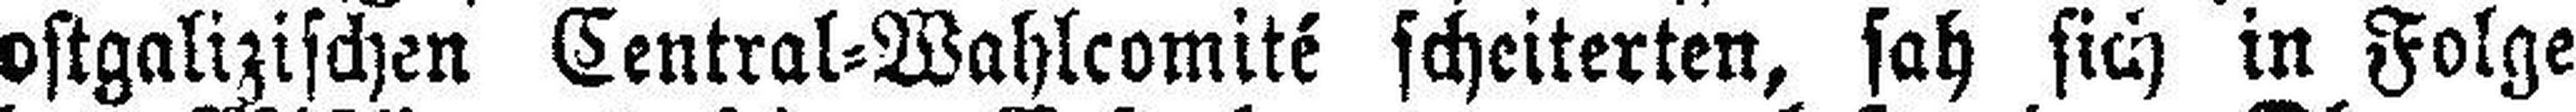
ostgalizischen Central=Wahlcomité scheiterten, sah sich in Folge